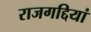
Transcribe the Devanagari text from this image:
राजगद्दियां